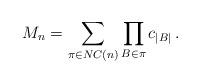
LaTeX: \begin{align*} M_n = \sum_{\pi \in NC(n)} \prod_{B \in \pi} c_{|B|} \, . \end{align*}